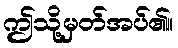
ဤသို့မှတ်အပ်၏။